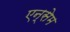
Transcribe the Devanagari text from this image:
एन्सेम